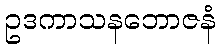
ဥဒကာသနဘောဇနံ